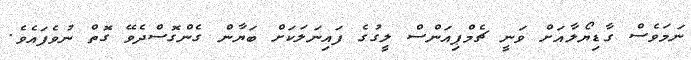
ނަމަވެސް ގާޑިޔޯލާއަށް ވަނީ ޗެމްޕިއަންސް ލީގުގެ ފައިނަލަކަށް ބަޔާން ގެންގޮސްދެވޭ ގޮތް ނުވެފައެވެ.